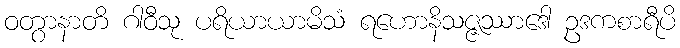
ဝတွာနာတိ ဂါဝီသု ပရိယာယာမိသံ ရဟောနိသဇ္ဇဿာဒေါ ဥဒကစာရီပိ